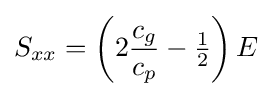
S_{xx}=\left(2{\frac {c_{g}}{c_{p}}}-{\tfrac {1}{2}}\right)E